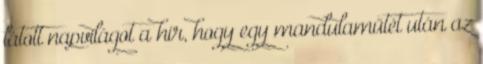
látott napvilágot a hír, hogy egy mandulaműtét után az